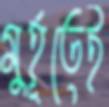
মুর্হূতেই